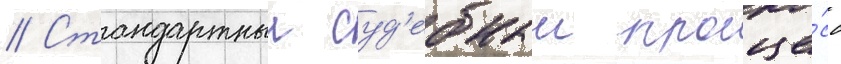
// Стандартныи суд'ебныи проце́сс